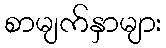
စာမျက်နှာများ